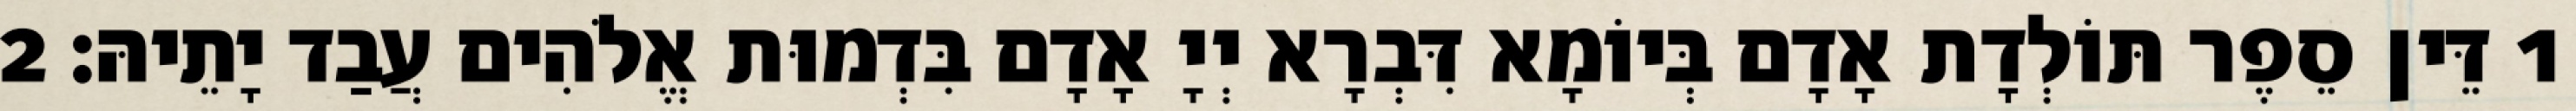
1 דֵּין סֵפֶר תּוֹלְדָת אָדָם בְּיוֹמָא דִּבְרָא יְיָ אָדָם בִּדְמוּת אֱלֹהִים עֲבַד יָתֵיהּ׃ 2